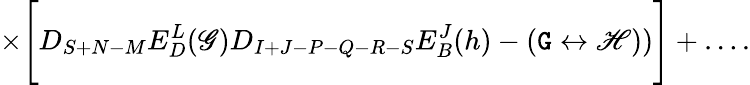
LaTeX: \times\Biggl[D_{S+N-M}E_{D}^{L}(\mathscr{G})D_{I+J-P-Q-R-S}E_{B}^{J}(h)-(\mathtt{G}\leftrightarrow\mathscr{H}))\Biggr]+\ldots.